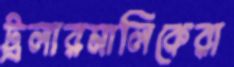
ট্রলারমালিকেরা